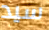
سيد